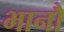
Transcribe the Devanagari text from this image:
भानौ